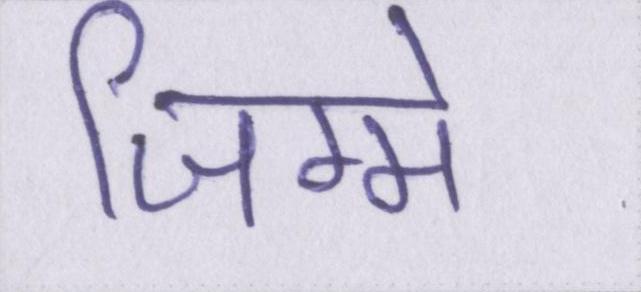
जिम्मे